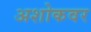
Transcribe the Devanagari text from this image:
अशोकवर